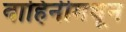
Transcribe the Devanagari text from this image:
वाहिनीमधून